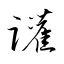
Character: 讙